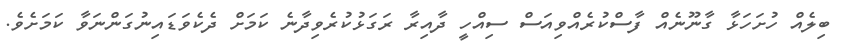
ބިލެއް ހުށަހަޅާ ގާނޫނެއް ފާސްކުރެއްވިއަސް ސިއްހީ ދާއިރާ ރަގަޅުކުރެވިދާނެ ކަމަށް ދެކެވަޑައިނުގަންނަވާ ކަމަށެވެ.